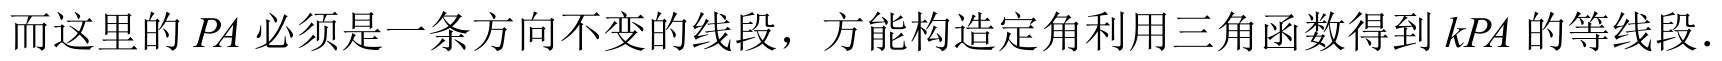
而这里的 \(PA\) 必须是一条方向不变的线段，方能构造定角利用三角函数得到 \(kPA\) 的等线段.